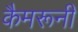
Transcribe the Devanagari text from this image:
कैमरूनी